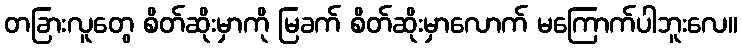
တခြားလူတွေ စိတ်ဆိုးမှာကို မြခက် စိတ်ဆိုးမှာလောက် မကြောက်ပါဘူးလေ။